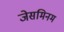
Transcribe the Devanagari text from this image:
जेसमिनम